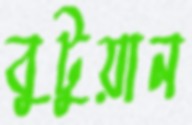
বুটুয়ান